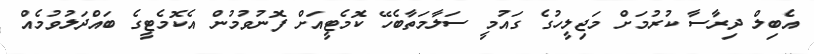
އެބިލް ދިރާސާ ކުރުމަށް މަޖިލީހުގެ ގައުމީ ސަލާމަތާބެހޭ ކޮމެޓީއަށް ފޮނުވުމުން އެކޮމެޓީގެ ބައްދަލުވުމެއް